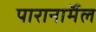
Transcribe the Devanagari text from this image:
पारानाॅर्मल